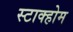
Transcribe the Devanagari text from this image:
स्टाक्होम